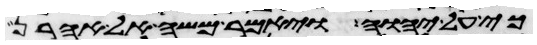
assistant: כי על יהוה ויאמר משה אל אהרן